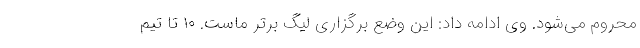
محروم می‌شود. وی ادامه داد: این وضع برگزاری لیگ برتر ماست. ۱۰ تا تیم